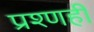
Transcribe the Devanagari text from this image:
प्रश्णही